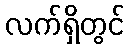
လက်ရှိတွင်